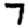
Digit: 7